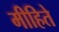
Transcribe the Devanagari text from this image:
मीहिते